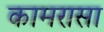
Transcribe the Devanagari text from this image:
कामरासा